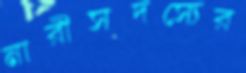
নারীসদস্যের